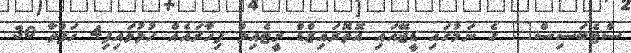
ސްޓެބަސިސް" ގެ ނަމުގައި ޑީޖޭއައި އޮތޮރައިޒްޑް ރީޓެއިލް ފިހާރައެއް ހުޅުވައިފި4 ހަފްތާ 30